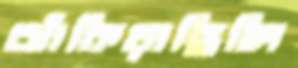
ঝাঁকিয়াছিলি